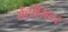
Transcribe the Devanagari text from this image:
सेंटीमिटर